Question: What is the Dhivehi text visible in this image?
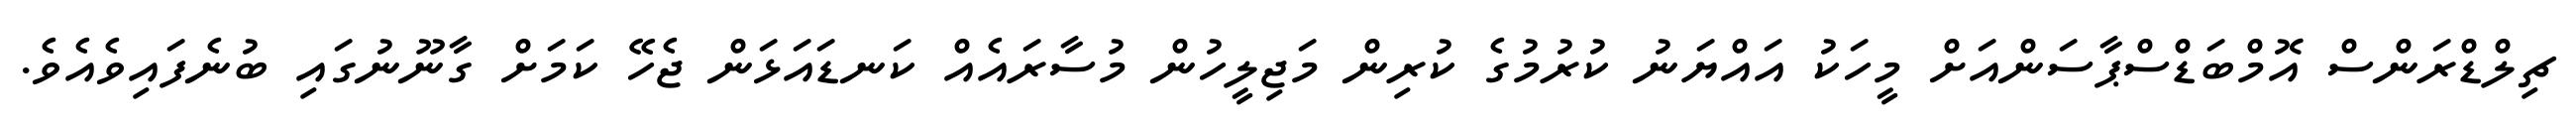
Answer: ޗިލްޑްރަންސް އޮމްބަޑްސްޕާސަންއަށް މީހަކު އައްޔަނު ކުރުމުގެ ކުރިން މަޖިލީހުން މުސާރައެއް ކަނޑައަޅަން ޖެހޭ ކަމަށް ގާނޫނުގައި ބުނެފައިވެއެވެ.